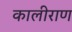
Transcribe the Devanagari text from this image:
कालीराण